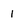
Character: 1